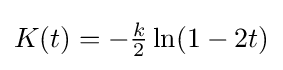
{\textstyle K(t)=-{\frac {k}{2}}\ln(1-2t)}